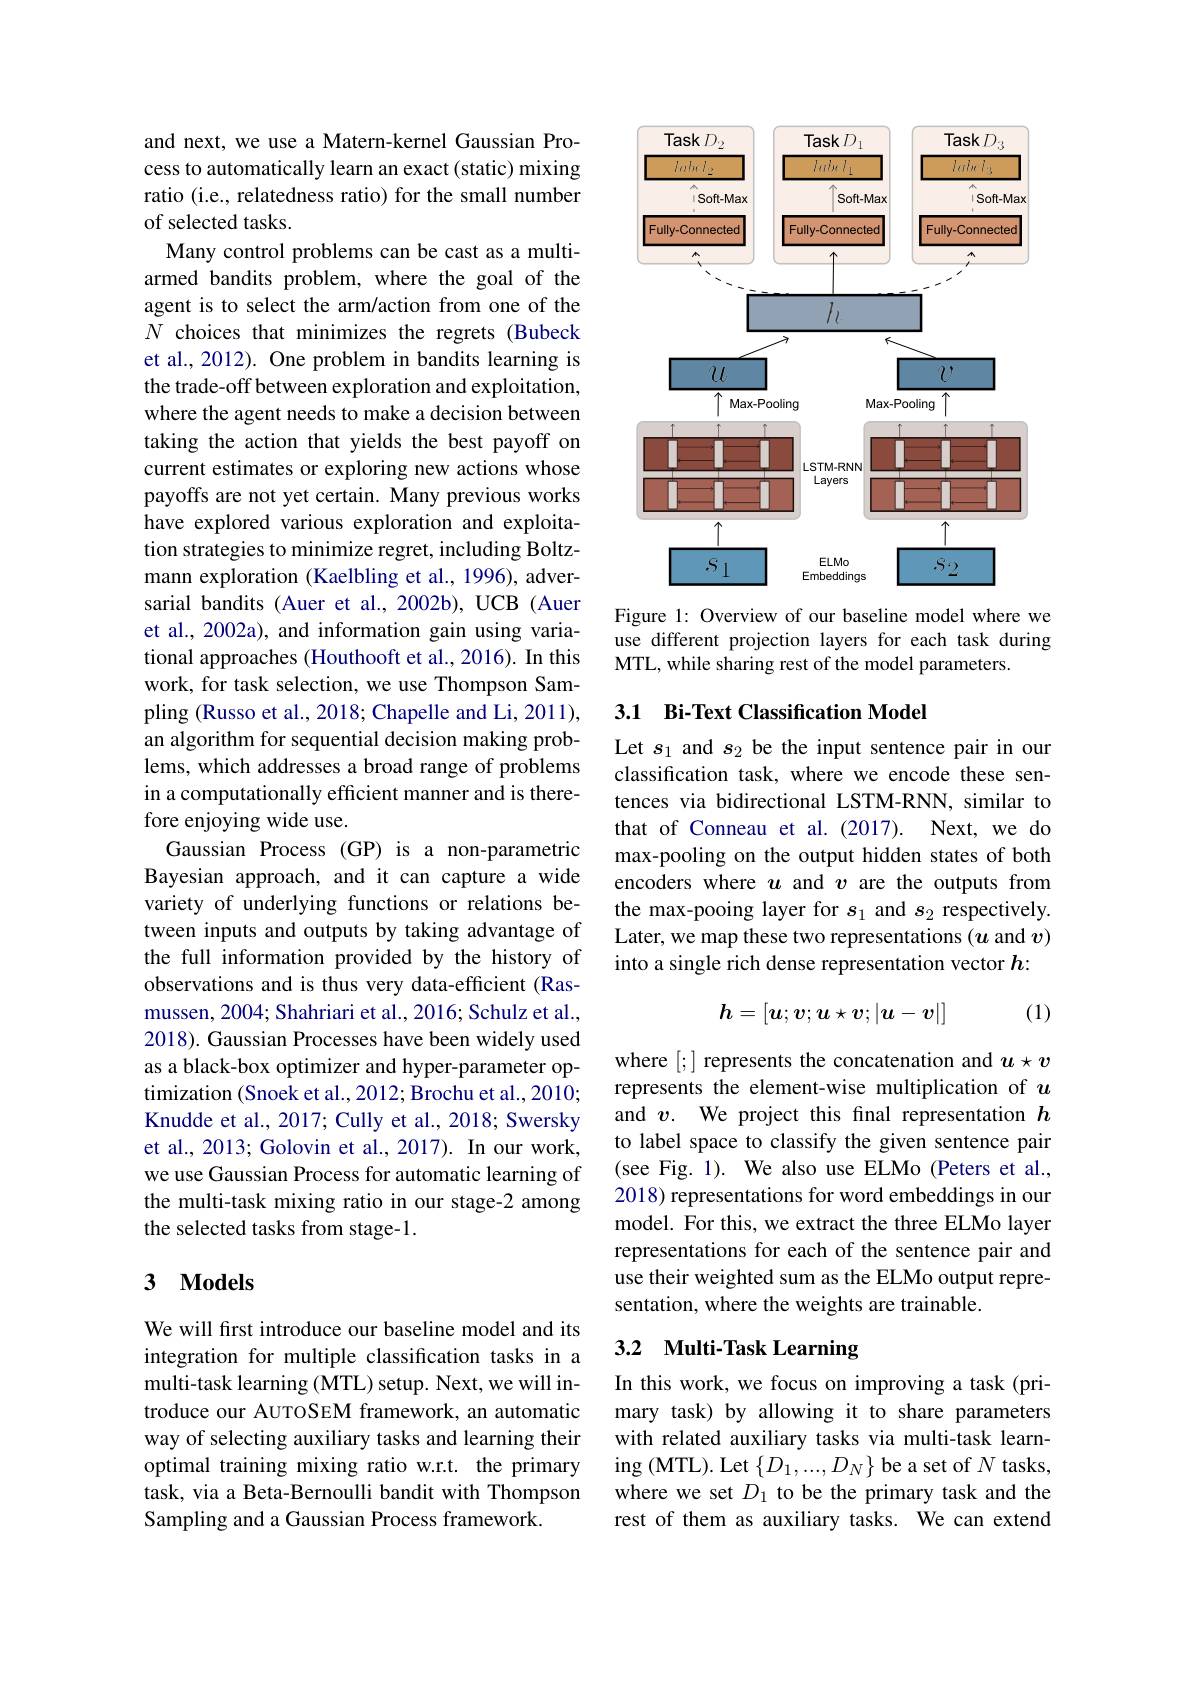
and next, we use a Matern-kernel Gaussian Process to automatically learn an exact(static) mixing ratio (i.e., relatedness ratio) for the small number of selected tasks.
Many control problems can be cast as a multiarmed bandits problem, where the goal of the agent is to select the arm/action from one of the $N$ choices that minimizes the regrets (Bubeck et al., 2012). One problem in bandits learning is the trade-off between exploration and exploitation, where the agent needs to make a decision between taking the action that yields the best payoff on current estimates or exploring new actions whose payoffs are not yet certain. Many previous works have explored various exploration and exploitation strategies to minimize regret, including Boltzmann exploration (Kaelbling et al., 1996), adversarial bandits (Auer et al., 2002b), UCB (Auer et al., 2002a), and information gain using variational approaches (Houthooft et al.,2016). In this work, for task selection, we use Thompson Sampling (Russo et al., 2018; Chapelle and Li, 2011), an algorithm for sequential decision making problems, which addresses a broad range of problems in a computationally efficient manner and is therefore enjoying wide use.
Gaussian Process (GP) is a non-parametric Bayesian approach, and it can capture a wide variety of underlying functions or relations between inputs and outputs by taking advantage of the full information provided by the history of observations and is thus very data-efficient (Rasmussen, 2004; Shahriari et al., 2016; Schulz et al., 2018). Gaussian Processes have been widely used as a black-box optimizer and hyper-parameter optimization (Snoek et al., 2012; Brochu et al., 2010; Knudde et al., 2017; Cully et al., 2018; Swersky et al., 2013; Golovin et al., 2017). In our work, we use Gaussian Process for automatic learning of the multi-task mixing ratio in our stage-2 among the selected tasks from stage-1.

### 3 $\mathbf{Models}$

We will first introduce our baseline model and its integration for multiple classification tasks in a multi-task learning (MTL) setup. Next, we will introduce our AUTOSEM framework, an automatic way of selecting auxiliary tasks and learning their optimal training mixing ratio w.r.t. the primary task, via a Beta-Bernoulli bandit with Thompson Sampling and a Gaussian Process framework.

<FigureHere>

Figure 1: Overview of our baseline model where we use different projection layers for each task during MTL, while sharing rest of the model parameters.

## 3.1 Bi-Text Classification Model

Let $s_1$ and $s_2$ be the input sentence pair in our classification task, where we encode these sentences via bidirectional LSTM-RNN, similar to that of Conneau et al.(2017). Next, we do max-pooling on the output hidden states of both encoders where $u$ and $v$ are the outputs from the max-pooing layer for $s_1$ and $s_2$ respectively. Later, we map these two representations ($u$ and $v)$ into a single rich dense representation vector $h:$

(1)
$$h=[u;v;u\star v;|u-v|]$$
where [;] represents the concatenation and $u\star v$ represents the element-wise multiplication of $u$ and $v$. We project this final representation $h$ to label space to classify the given sentence pair (see Fig. 1). We also use ELMo (Peters et al., 2018) representations for word embeddings in our model. For this, we extract the three ELMo layer representations for each of the sentence pair and use their weighted sum as the ELMo output representation, where the weights are trainable.

## 3.2 Multi-Task Learning

In this work, we focus on improving a task (primary task) by allowing it to share parameters with related auxiliary tasks via multi-task learn- $\operatorname{ing}($MTL). Let$\left\{D_1,...,D_N\right\}$be a set of$N$ tasks, where we set $D_1$ to be the primary task and the rest of them as auxiliary tasks. We can extend